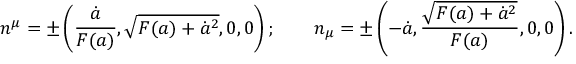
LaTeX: n ^ { \mu } = \pm \left( { \frac { \dot { a } } { F ( a ) } } , \sqrt { F ( a ) + \dot { a } ^ { 2 } } , 0 , 0 \right) ; \qquad n _ { \mu } = \pm \left( - \dot { a } , { \frac { \sqrt { F ( a ) + \dot { a } ^ { 2 } } } { F ( a ) } } , 0 , 0 \right) .